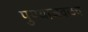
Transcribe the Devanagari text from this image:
पुण्याजवळच